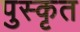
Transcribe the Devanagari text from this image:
पुस्कृत